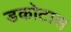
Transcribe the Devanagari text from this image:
डकोटास